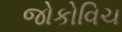
જોકોવિચ